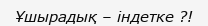
Ұшырадық – індетке ?!